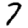
Digit: 7